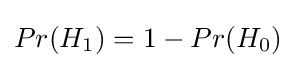
Pr(H_{1})=1-Pr(H_{0})